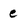
Character: e